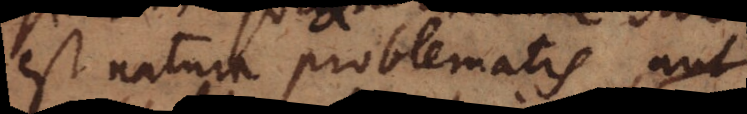
est natura problematis aut